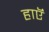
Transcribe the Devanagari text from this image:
हाएॅ